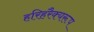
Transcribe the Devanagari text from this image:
हरिहरैक्यरूप